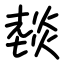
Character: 燅